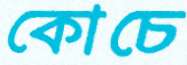
কোচে